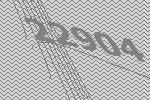
22904